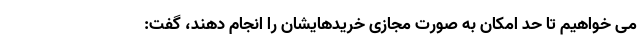
می خواهیم تا حد امکان به صورت مجازی خریدهایشان را انجام دهند، گفت: